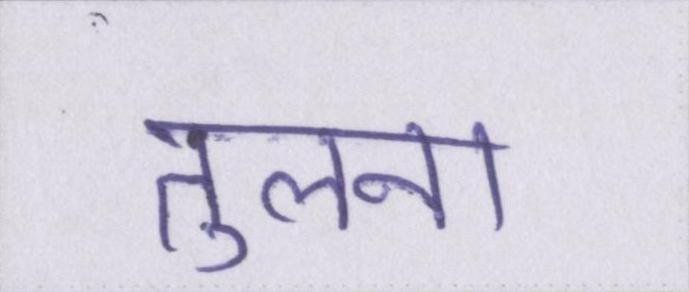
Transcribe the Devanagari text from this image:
तुलना